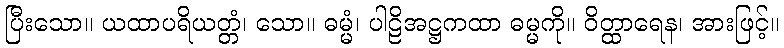
ပြီးသော။ ယထာပရိယတ္တံ၊ သော။ ဓမ္မံ၊ ပါဠိအဋ္ဌကထာ ဓမ္မကို။ ဝိတ္ထာရေန၊ အားဖြင့်။